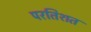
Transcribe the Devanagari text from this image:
परतिशत